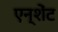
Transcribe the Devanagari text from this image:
एन्शेंट